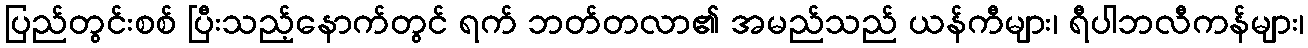
ပြည်တွင်းစစ် ပြီးသည့်နောက်တွင် ရက် ဘတ်တလာ၏ အမည်သည် ယန်ကီများ၊ ရီပါဘလီကန်များ၊